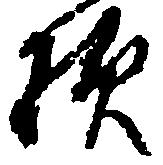
様